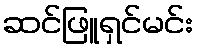
ဆင်ဖြူရှင်မင်း